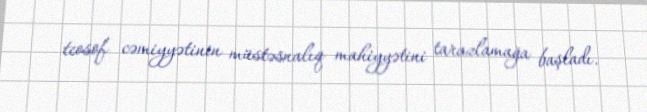
teosof cəmiyyətinin müstəsnalıq mahiyyətini tarazlamağa başladı.